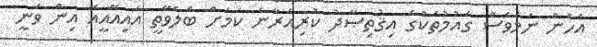
އެހެން ނަމަވެސް ގައުމުތަކުގެ އިޤުތިޞާދު ކުރިއަރާނެ ކަމަށް ބެލެވޭތީ އައިއޭއީއޭ އިން ވަނީ